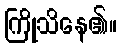
ကြိုသိနေ၏။